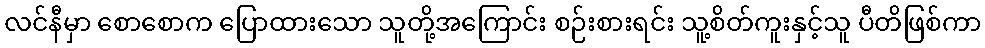
လင်နီမှာ စောစောက ပြောထားသော သူတို့အကြောင်း စဉ်းစားရင်း သူ့စိတ်ကူးနှင့်သူ ပီတိဖြစ်ကာ